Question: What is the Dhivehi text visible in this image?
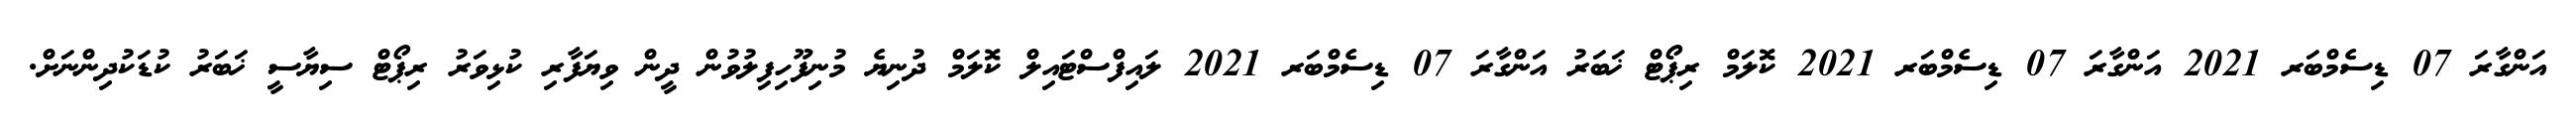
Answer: އަންގާރަ 07 ޑިސެމްބަރ 2021 އަންގާރަ 07 ޑިސެމްބަރ 2021 ކޮލަމް ރިޕޯޓް ޚަބަރު އަންގާރަ 07 ޑިސެމްބަރ 2021 ލައިފްސްޓައިލް ކޮލަމް ދުނިޔެ މުނިފޫހިފިލުވުން ދީން ވިޔަފާރި ކުޅިވަރު ރިޕޯޓް ސިޔާސީ ޚަބަރު ކުޑަކުދިންނަށް.